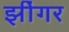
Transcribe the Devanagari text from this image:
झींगर